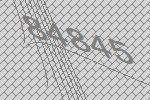
84845